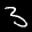
Label: 3